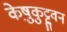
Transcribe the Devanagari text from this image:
केष़ुकुट्टुवन